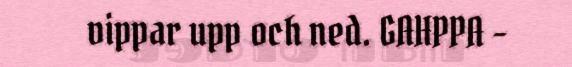
vippar upp och ned. GAHPPA -